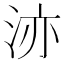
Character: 洂